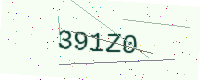
Text: 391Z0